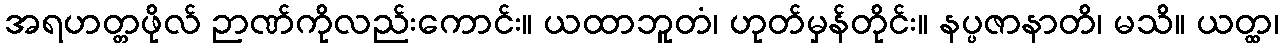
အရဟတ္တဖိုလ် ဉာဏ်ကိုလည်းကောင်း။ ယထာဘူတံ၊ ဟုတ်မှန်တိုင်း။ နပ္ပဇာနာတိ၊ မသိ။ ယတ္ထ၊